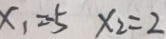
x _ { 1 } = - 5 x _ { 2 } = 2